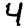
Digit: 4